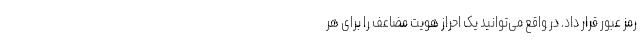
رمز عبور قرار داد. در واقع می‌توانید یک احراز هویت مضاعف را برای هر